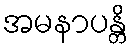
အမနာပန္တိ